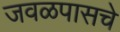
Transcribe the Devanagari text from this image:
जवळपासचे